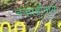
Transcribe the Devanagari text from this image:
वर्‍हाडीमध्ये